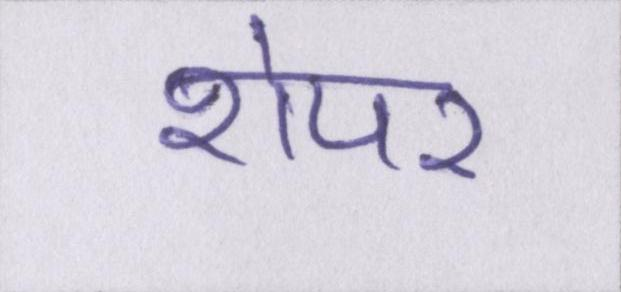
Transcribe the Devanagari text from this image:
शेयर